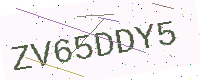
Text: ZV65DDY5